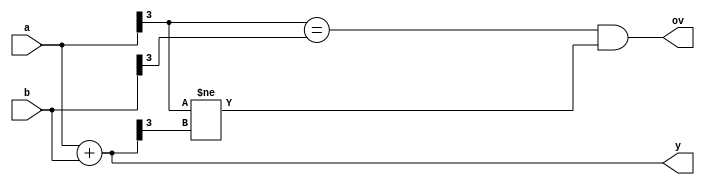
module overflow (
   input  [3:0] a,
   input  [3:0] b,
   output [3:0] y,
   output       ov
   );
   
   assign y    = a + b;
   assign ov   = (a[3] == b[3]) & (a[3] != y[3]);
   
endmodule